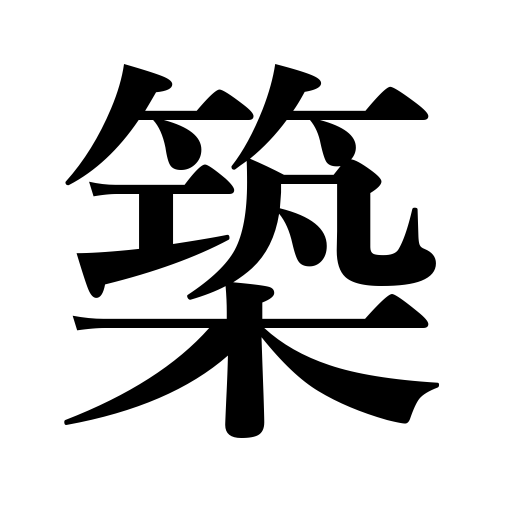
Meanings: construct,build